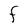
Character: F